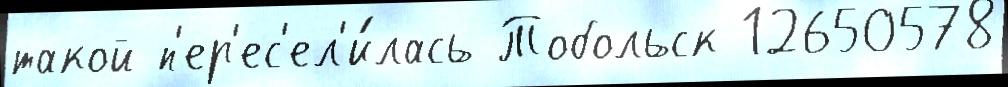
такой п'ер'ес'ел'и́лась Тобольск 12650578